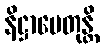
နိဋ္ဌာပေတုန္တိ